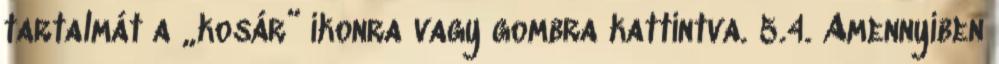
tartalmát a „kosár” ikonra vagy gombra kattintva. 5.4. Amennyiben